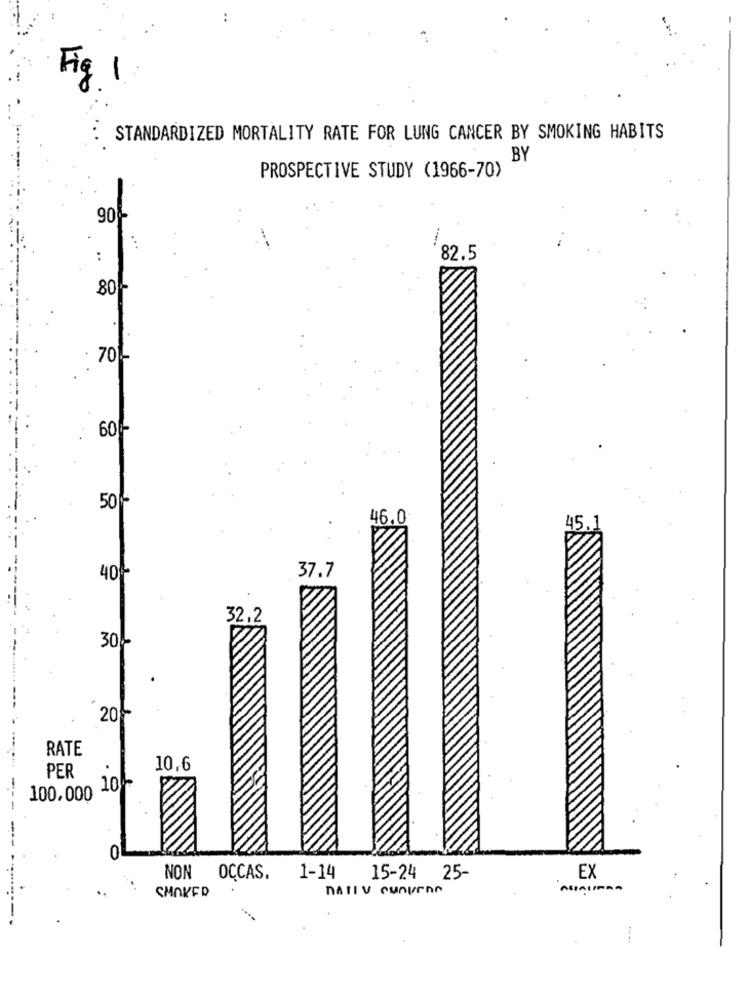
Fig 1
STANDARDIZED MORTALITY RATE FOR LUNG CANCER BY SMOKING HABITS
BY
PROSPECTIVE STUDY (1966-70)
90%-
...
:
82.5
80₽
701
600-
50-
46.0
45.1
40+
37.7
32.2
30%-
20
RATE
10,6
PER
-
10
100.000
--
NON
OCCAS.
1-14
15-24
25-
EX
nATIV CunuEne
ASSAIIFRA
SMOKED
-------